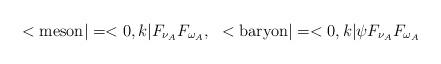
LaTeX: \begin{align*}<\mbox{meson}|=<0,k|F_{\nu_A}F_{\omega_A},\ \ <\mbox{baryon}|=<0,k|\psi F_{\nu_A}F_{\omega_A}\end{align*}